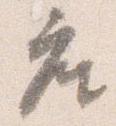
座